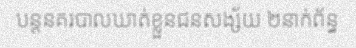
បន្តនគរបាលឃាត់ខ្លួនជនសង្ស័យ ២នាក់ព័ន្ធ